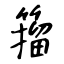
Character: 籀